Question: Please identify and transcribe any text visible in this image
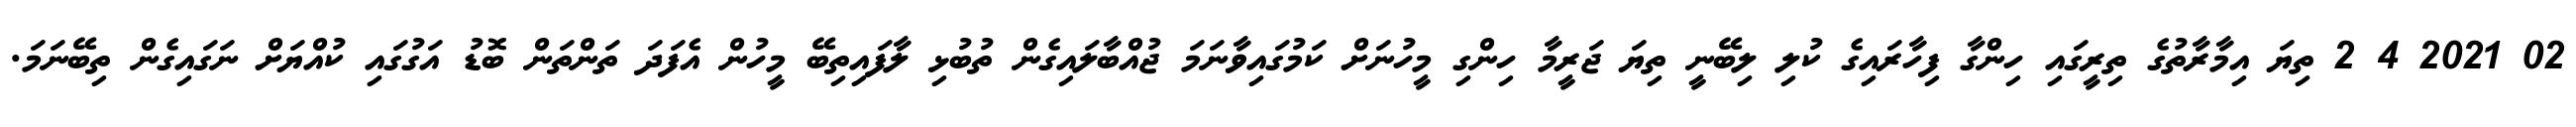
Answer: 02 2021 4 2 ތިޔަ އިމާރާތުގެ ތިރީގައި ހިންގާ ފިހާރައިގެ ކުލި ލިބޭނީ ތިޔަ ޖަރީމާ ހިންގި މީހުނަށް ކަމުގައިވާނަމަ ޖުއްބާލައިގެން ތުބުޅި ލާފައިތިބޭ މީހުން އެފަދަ ތަންތަން ބޮޑު އަގުގައި ކުއްޔަށް ނަގައިގެން ތިބޭނަމަ.